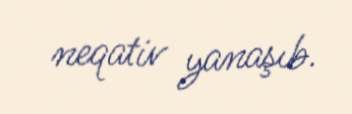
neqativ yanaşıb.